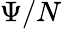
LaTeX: \Psi/N